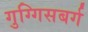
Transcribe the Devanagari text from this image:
गुग्गिसबर्ग